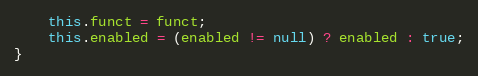
Language: JavaScript
	this.funct = funct;
	this.enabled = (enabled != null) ? enabled : true;
}